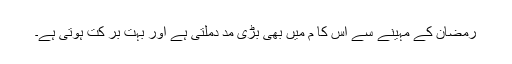
رمضان کے مہینے سے اس کا م میں بھی بڑی مد دملتی ہے اور بہت بر کت ہوتی ہے۔